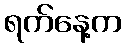
ရက်နေ့က